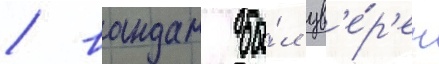
/ вандам бы́л ув'е́р'ен